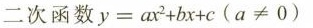
二次函数 $$y = a x ^ { 2 } + b x + c$$($$a ≠ 0$$)